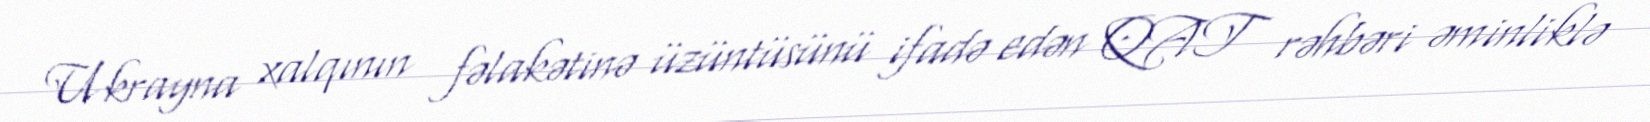
Ukrayna xalqının fəlakətinə üzüntüsünü ifadə edən QAT rəhbəri əminliklə